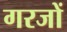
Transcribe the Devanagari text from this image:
गरजों